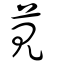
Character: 莧